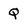
Character: Q